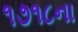
૧૭૧૮ના